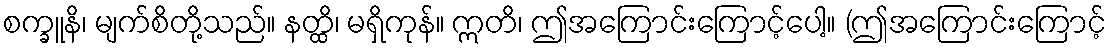
စက္ခူနိ၊ မျက်စိတို့သည်။ နတ္ထိ၊ မရှိကုန်။ ဣတိ၊ ဤအကြောင်းကြောင့်ပေါ့။ (ဤအကြောင်းကြောင့်